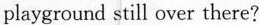
playground still over there?